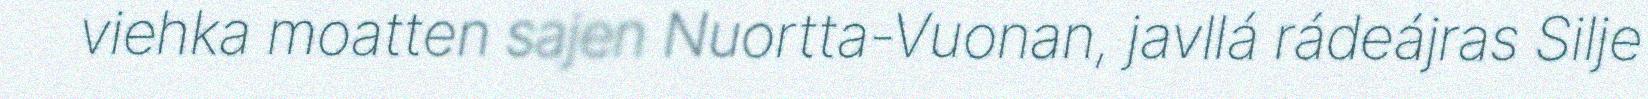
viehka moatten sajen Nuortta-Vuonan, javllá rádeájras Silje